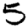
Digit: 5